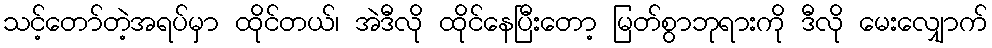
သင့်တော်တဲ့အရပ်မှာ ထိုင်တယ်၊ အဲဒီလို ထိုင်နေပြီးတော့ မြတ်စွာဘုရားကို ဒီလို မေးလျှောက်